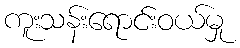
ကူးသန်းရောင်းဝယ်မှု